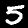
Label: 5